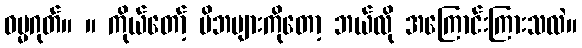
ဓမ္မဂုတ်။ ။ ကိုယ်တော့် မိဘများကိုတော့ ဘယ်လို အကြောင်းကြားသလဲ။